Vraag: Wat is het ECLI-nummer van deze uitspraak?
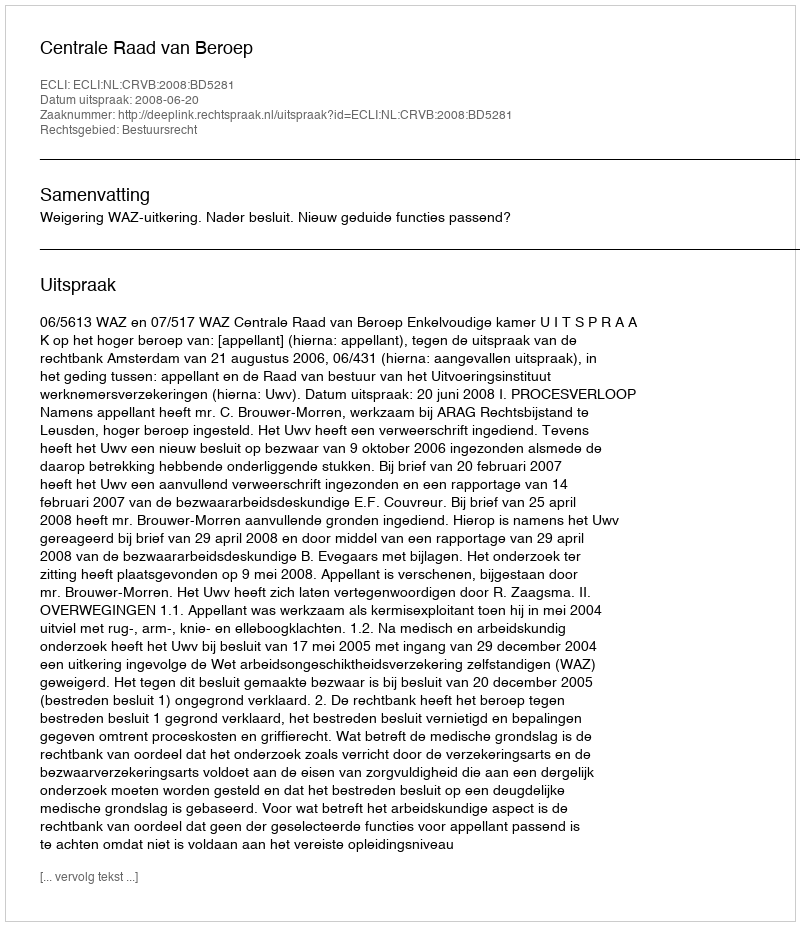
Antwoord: ECLI:NL:CRVB:2008:BD5281